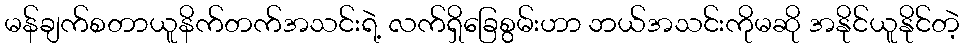
မန်ချက်စတာယူနိက်တက်အသင်းရဲ့ လက်ရှိခြေစွမ်းဟာ ဘယ်အသင်းကိုမဆို အနိုင်ယူနိုင်တဲ့